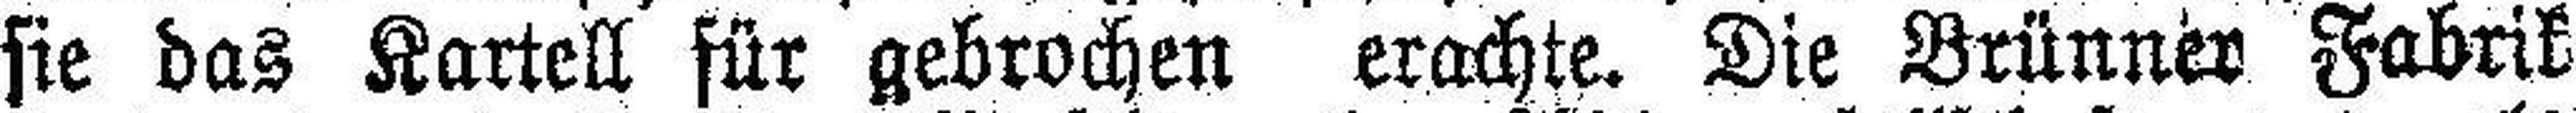
sie das Kartell für gebrochen erachte. Die Brünner Fabrik